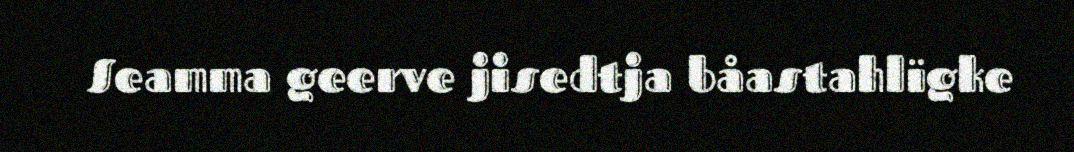
Seamma geerve jisedtja båastahlïgke